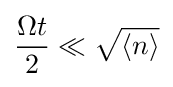
{\frac {\Omega t}{2}}\ll {\sqrt {\langle n\rangle }}